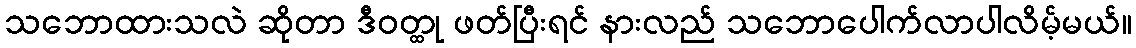
သဘောထားသလဲ ဆိုတာ ဒီဝတ္ထု ဖတ်ပြီးရင် နားလည် သဘောပေါက်လာပါလိမ့်မယ်။